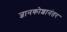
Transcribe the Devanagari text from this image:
ज्ञानकोशानंतर